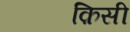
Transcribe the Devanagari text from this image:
क़िसी